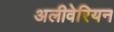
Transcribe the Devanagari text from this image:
अलीवेरियन